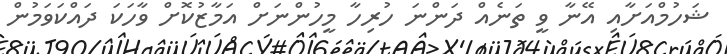
ޝަހުމްއަށާއި އޭނާ ވީ ތަނެއް ދަންނަ ހުރިހާ މީހުންނަށް އަމާޒުކޮށް ވާހަކަ ދައްކަވަމުން